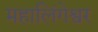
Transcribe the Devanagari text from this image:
महालिंगेश्वर